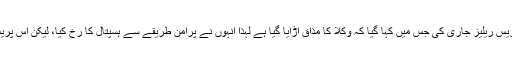
واقعے کے بعد پنجاب بار کونسل نے ایک پریس ریلیز جاری کی جس میں کہا گیا کہ وکلا کا مذاق اڑایا گیا ہے لہٰذا انہوں نے پُرامن طریقے سے ہسپتال کا رخ کیا، لیکن اس پریس ریلیز میں کہیں بھی تشدد کا ذکر نہیں ملتا۔